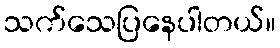
သက်သေပြနေပါတယ်။